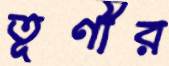
তূণীর